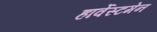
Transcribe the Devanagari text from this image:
हार्वेस्टमेन